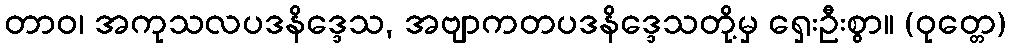
တာဝ၊ အကုသလပဒနိဒ္ဒေသ, အဗျာကတပဒနိဒ္ဒေသတို့မှ ရှေးဦးစွာ။ (ဝုတ္တေ)